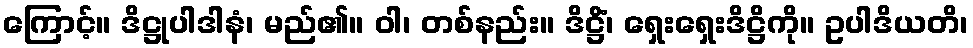
ကြောင့်။ ဒိဋ္ဌုပါဒါနံ၊ မည်၏။ ဝါ၊ တစ်နည်း။ ဒိဋ္ဌိံ၊ ရှေးရှေးဒိဋ္ဌိကို။ ဥပါဒိယတိ၊